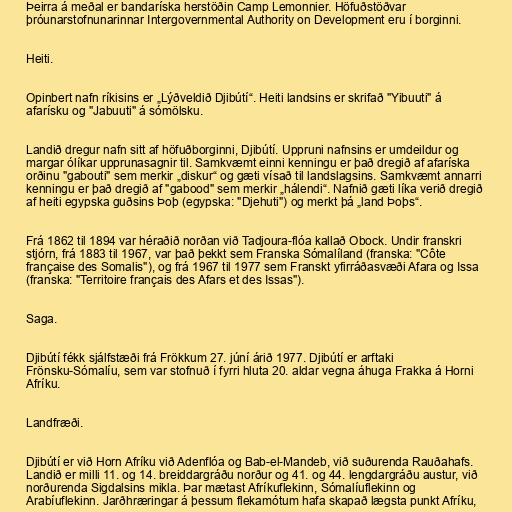
Þeirra á meðal er bandaríska herstöðin Camp Lemonnier. Höfuðstöðvar
þróunarstofnunarinnar Intergovernmental Authority on Development eru í borginni.

Heiti.

Opinbert nafn ríkisins er „Lýðveldið Djibútí“. Heiti landsins er skrifað "Yibuuti" á
afarísku og "Jabuuti" á sómölsku.

Landið dregur nafn sitt af höfuðborginni, Djibútí. Uppruni nafnsins er umdeildur og
margar ólíkar upprunasagnir til. Samkvæmt einni kenningu er það dregið af afaríska
orðinu "gabouti" sem merkir „diskur“ og gæti vísað til landslagsins. Samkvæmt annarri
kenningu er það dregið af "gabood" sem merkir „hálendi“. Nafnið gæti líka verið dregið
af heiti egypska guðsins Þoþ (egypska: "Djehuti") og merkt þá „land Þoþs“.

Frá 1862 til 1894 var héraðið norðan við Tadjoura-flóa kallað Obock. Undir franskri
stjórn, frá 1883 til 1967, var það þekkt sem Franska Sómalíland (franska: "Côte
française des Somalis"), og frá 1967 til 1977 sem Franskt yfirráðasvæði Afara og Issa
(franska: "Territoire français des Afars et des Issas").

Saga.

Djibútí fékk sjálfstæði frá Frökkum 27. júní árið 1977. Djibútí er arftaki
Frönsku-Sómalíu, sem var stofnuð í fyrri hluta 20. aldar vegna áhuga Frakka á Horni
Afríku.

Landfræði.

Djibútí er við Horn Afríku við Adenflóa og Bab-el-Mandeb, við suðurenda Rauðahafs.
Landið er milli 11. og 14. breiddargráðu norður og 41. og 44. lengdargráðu austur, við
norðurenda Sigdalsins mikla. Þar mætast Afríkuflekinn, Sómalíuflekinn og
Arabíuflekinn. Jarðhræringar á þessum flekamótum hafa skapað lægsta punkt Afríku,